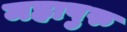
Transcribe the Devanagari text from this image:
महापुरु